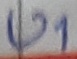
Text: U1